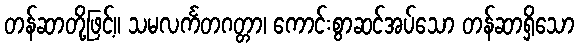
တန်ဆာတို့ဖြင့်။ သမလင်္ကတဂတ္တာ၊ ကောင်းစွာဆင်အပ်သော တန်ဆာရှိသော